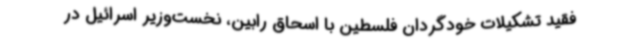
فقید تشکیلات خودگردان فلسطین با اسحاق رابین، نخست‌وزیر اسرائیل در